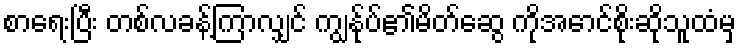
စာရေးပြီး တစ်လခန့်ကြာလျှင် ကျွန်ုပ်၏မိတ်ဆွေ ကိုအောင်စိုးဆိုသူထံမှ